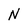
Character: N